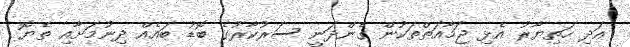
އަދި ހަތިޔާރު އެޅި ޖަމާއަތްތަކުން ގެންދަނީ ސަރުކާރުގެ ބޮޑު ބައެއް ދިނުމަށާއި ތެޔޮ